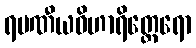
ရမဏီယဝိဟာရိတ္ထေရော